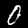
Digit: 0